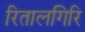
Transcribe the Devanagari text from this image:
रितालगिरि